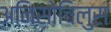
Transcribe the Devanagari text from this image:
अनिसोचिलुस